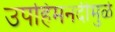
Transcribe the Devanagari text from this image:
उपहिमनदीमुळे